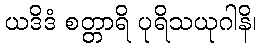
ယဒိဒံ စတ္တာရိ ပုရိသယုဂါနိ၊